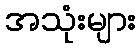
အသုံးများ